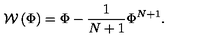
{ \mathcal W } \left( \Phi \right) = \Phi - \frac { 1 } { N + 1 } \Phi ^ { N + 1 } .